Vaccination in Bombay 1902-1912 - 1902-1912
Year: 1902
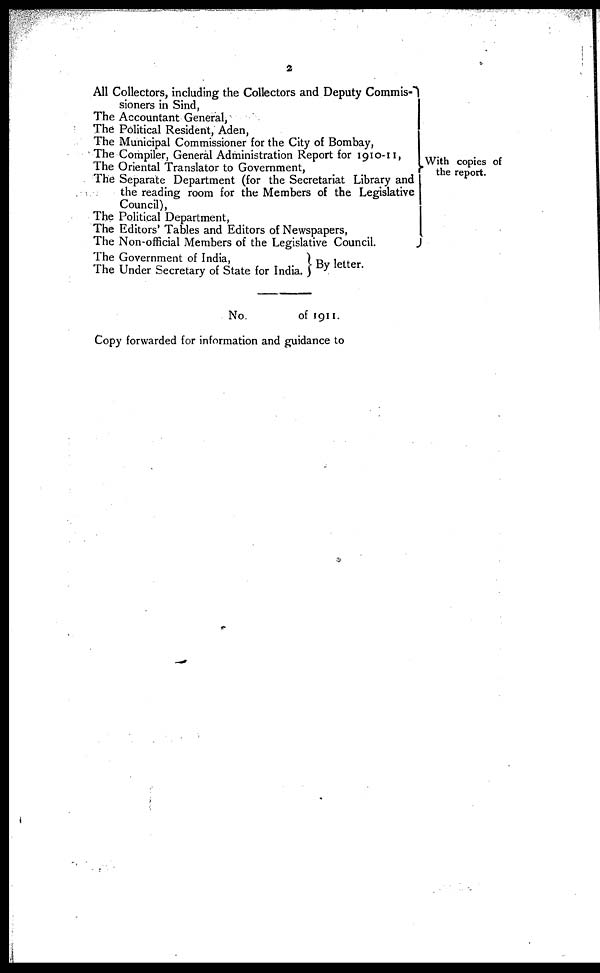
2
All Collectors, including the Collectors and Deputy Commis-
sioners in Sind,
The Accountant General,
The Political Resident, Aden,
The Municipal Commissioner for the City of Bombay,
The Compiler, General Administration Report for 1910-11,
The Oriental Translator to Government,
The Separate Department (for the Secretariat Library and
the reading room for the Members of the Legislative
Council),
The Political Department,
The Editors' Tables and Editors of Newspapers,
The Non-official Members of the Legislative Council.
The Government of India,
The Under Secretary of State for India.
With copies of
the report.
By letter.
No.
of 1911.
Copy forwarded for information and guidance to